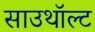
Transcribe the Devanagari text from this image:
साउथॉल्ट